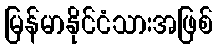
မြန်မာနိုင်ငံသားအဖြစ်